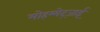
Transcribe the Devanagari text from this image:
मोहम्मेद्ज़ाई